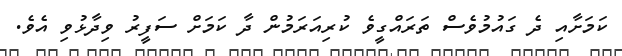
ކަމަށާއި ދެ ގައުމުވެސް ތަރައްގީވެ ކުރިއަރަމުން ދާ ކަމަށް ސަފީރު ވިދާޅުވި އެވެ.